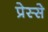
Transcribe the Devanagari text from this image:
प्रेस्से